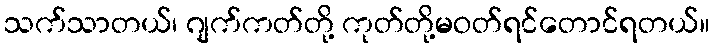
သက်သာတယ်၊ ဂျက်ကတ်တို့ ကုတ်တို့မဝတ်ရင်တောင်ရတယ်။